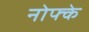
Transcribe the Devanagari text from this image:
नोफ्के